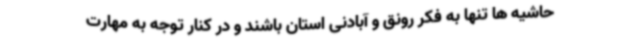
حاشیه ها تنها به فکر رونق و آبادنی استان باشند و در کنار توجه به مهارت